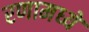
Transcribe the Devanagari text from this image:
रणामध्ये